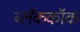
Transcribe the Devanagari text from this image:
ब्लॅककॉक